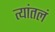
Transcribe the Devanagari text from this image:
त्यांतलं